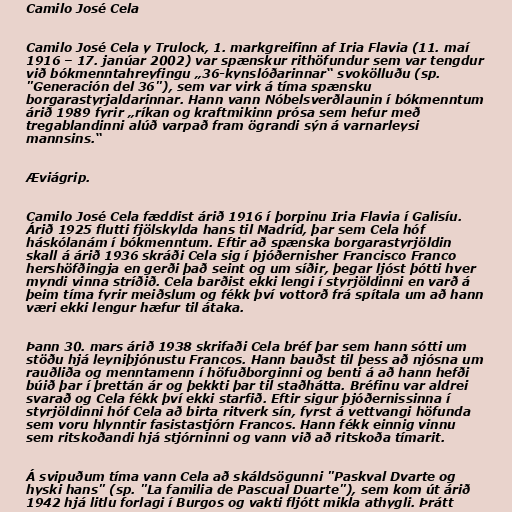
Camilo José Cela

Camilo José Cela y Trulock, 1. markgreifinn af Iria Flavia (11. maí
1916 – 17. janúar 2002) var spænskur rithöfundur sem var tengdur
við bókmenntahreyfingu „36-kynslóðarinnar“ svokölluðu (sp.
"Generación del 36"), sem var virk á tíma spænsku
borgarastyrjaldarinnar. Hann vann Nóbelsverðlaunin í bókmenntum
árið 1989 fyrir „ríkan og kraftmikinn prósa sem hefur með
tregablandinni alúð varpað fram ögrandi sýn á varnarleysi
mannsins.“

Æviágrip.

Camilo José Cela fæddist árið 1916 í þorpinu Iria Flavia í Galisíu.
Árið 1925 flutti fjölskylda hans til Madríd, þar sem Cela hóf
háskólanám í bókmenntum. Eftir að spænska borgarastyrjöldin
skall á árið 1936 skráði Cela sig í þjóðernisher Francisco Franco
hershöfðingja en gerði það seint og um síðir, þegar ljóst þótti hver
myndi vinna stríðið. Cela barðist ekki lengi í styrjöldinni en varð á
þeim tíma fyrir meiðslum og fékk því vottorð frá spítala um að hann
væri ekki lengur hæfur til átaka.

Þann 30. mars árið 1938 skrifaði Cela bréf þar sem hann sótti um
stöðu hjá leyniþjónustu Francos. Hann bauðst til þess að njósna um
rauðliða og menntamenn í höfuðborginni og benti á að hann hefði
búið þar í þrettán ár og þekkti þar til staðhátta. Bréfinu var aldrei
svarað og Cela fékk því ekki starfið. Eftir sigur þjóðernissinna í
styrjöldinni hóf Cela að birta ritverk sín, fyrst á vettvangi höfunda
sem voru hlynntir fasistastjórn Francos. Hann fékk einnig vinnu
sem ritskoðandi hjá stjórninni og vann við að ritskoða tímarit.

Á svipuðum tíma vann Cela að skáldsögunni "Paskval Dvarte og
hyski hans" (sp. "La familia de Pascual Duarte"), sem kom út árið
1942 hjá litlu forlagi í Burgos og vakti fljótt mikla athygli. Þrátt